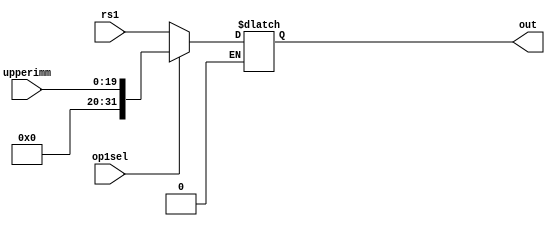
module MUX(input wire op1sel, input wire [31:0] rs1, input wire [19:0] upperimm, output reg [31:0] out);

always @ ( op1sel, rs1, upperimm ) begin
  //$display("selecting op1 to send to alu");
  if (op1sel == 0 ) begin
    out = rs1;
  end
  if (op1sel == 1) begin
    out = upperimm;
  end

end

endmodule